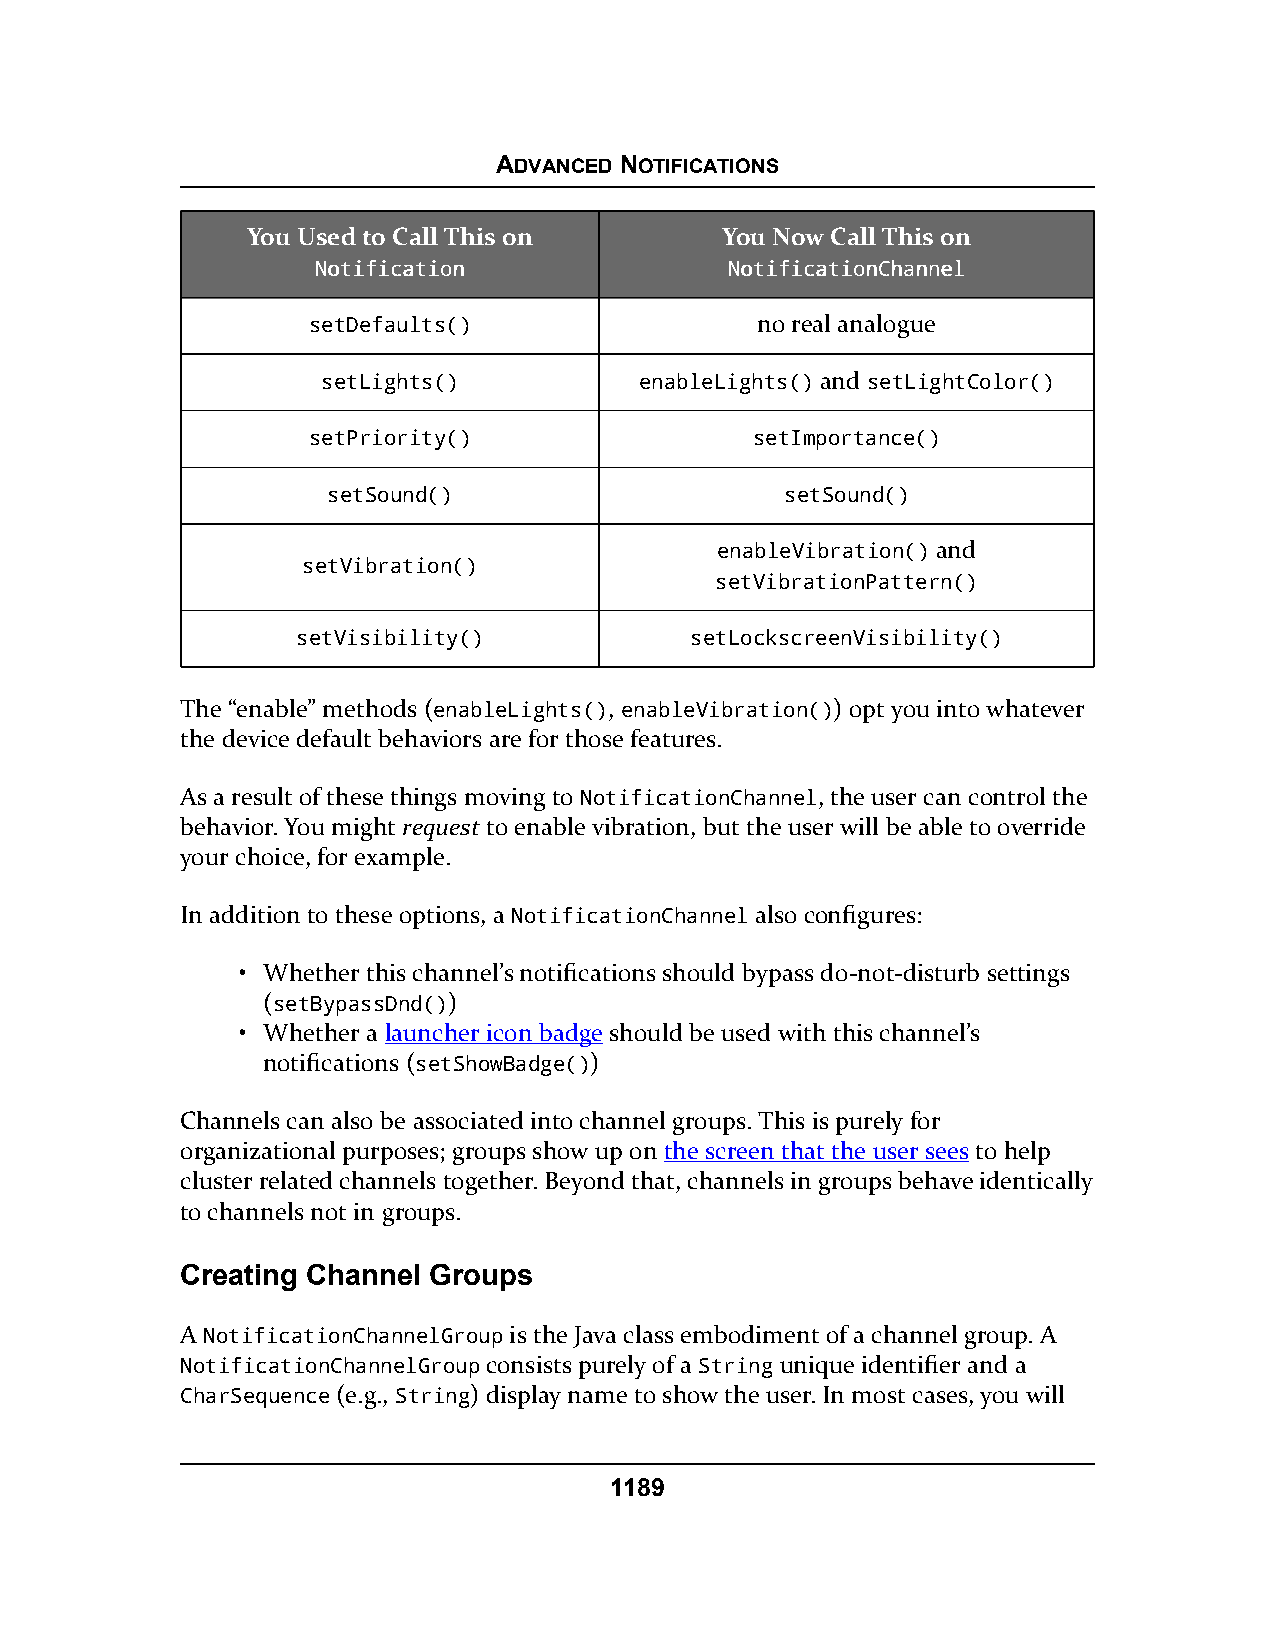
ADVANCED NOTIFICATIONS
 You Used to Call This on        You Now Call This on
 NNoottiiffiiccaattiioonn   NNoottiiffiiccaattiioonnCChhaannnneell
 setDefaults()                 no real analogue
 setLights()          enableLights() and setLightColor()
 setPriority()                 setImportance()
 setSound()                    setSound()
 enableVibration() and
 setVibration()
 setVibrationPattern()
 setVisibility()           setLockscreenVisibility()
 The “enable” methods (enableLights(), enableVibration()) opt you into whatever
 the device default behaviors are for those features.
 As a result of these things moving to NotificationChannel, the user can control the
 behavior. You might request to enable vibration, but the user will be able to override
 your choice, for example.
 In addition to these options, a NotificationChannel also configures:
 • Whether this channel’s notifications should bypass do-not-disturb settings
 (setBypassDnd())
 • Whether a launcher icon badge should be used with this channel’s
 notifications (setShowBadge())
 Channels can also be associated into channel groups. This is purely for
 organizational purposes; groups show up on the screen that the user sees to help
 cluster related channels together. Beyond that, channels in groups behave identically
 to channels not in groups.
 Creating Channel Groups
 A NotificationChannelGroup is the Java class embodiment of a channel group. A
 NotificationChannelGroup consists purely of a String unique identifier and a
 CharSequence (e.g., String) display name to show the user. In most cases, you will
 1189